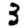
Digit: 3